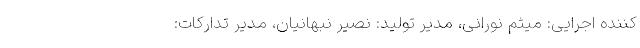
کننده اجرایی: میثم نورانی، مدیر تولید: نصیر نبهانیان، مدیر تدارکات: